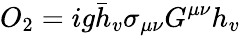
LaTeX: O_{2}=ig\bar{h}_{v}\sigma_{\mu\nu}G^{\mu\nu}h_{v}